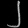
Digit: ၂